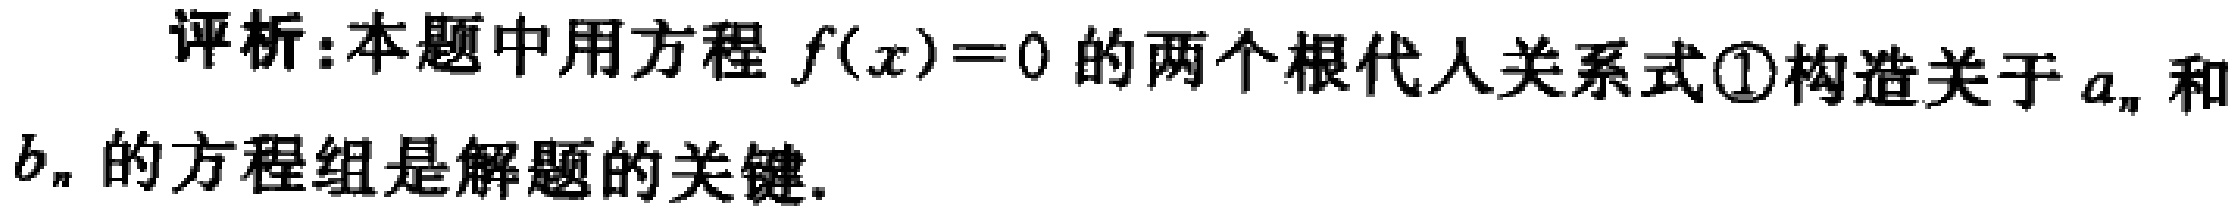
评析:本题中用方程 \(f(x)=0\) 的两个根代入关系式\textcircled{1}构造关于 \(a_{n}\) 和 \(b_{n}\) 的方程组是解题的关键.